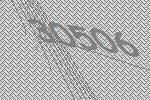
30506